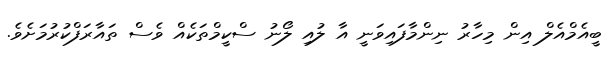
ބީއެމްއެލް އިން މިހާރު ނިންމާފައިވަނީ އާ ލުއި ލޯނު ސްކީމްތަކެއް ވެސް ތައާރަފްކުރުމަށެވެ.